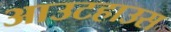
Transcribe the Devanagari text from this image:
आउटहाउस